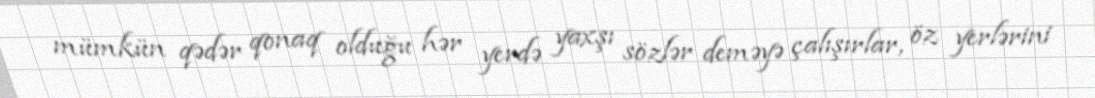
mümkün qədər qonaq olduğu hər yerdə yaxşı sözlər deməyə çalışırlar, öz yerlərini